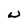
Character: w